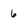
Character: 6